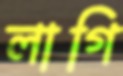
লাগি